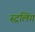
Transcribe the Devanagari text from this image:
स्ट्रलिंग